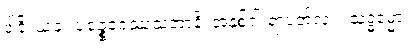
ဒါနိ၊ ယခု။ ပဉ္စေဝဝဿသတာနိ၊ အနှစ်ငါးရာပတ်လုံး။ သဒ္ဓမ္မော၊